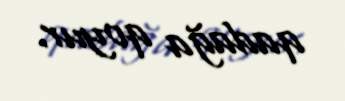
qadağa qoyur.